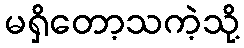
မရှိတော့သကဲ့သို့